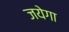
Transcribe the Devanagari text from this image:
जयेगा